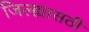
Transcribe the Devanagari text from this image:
जिल्ह्यासठी